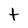
Character: t